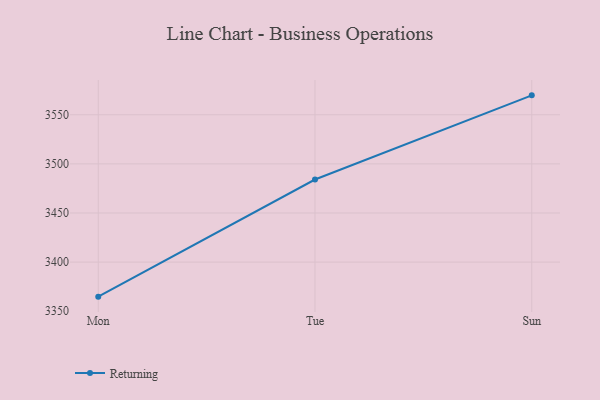
{"axis": {"x": "Day", "y": "Shipments"}, "legend": ["Returning"], "data": [{"x": "Mon", "y": 3364.8, "type": "Returning"}, {"x": "Tue", "y": 3484.1, "type": "Returning"}, {"x": "Sun", "y": 3569.8, "type": "Returning"}]}